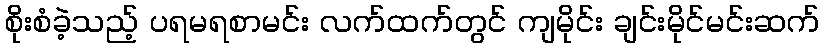
စိုးစံခဲ့သည့် ပရမရစာမင်း လက်ထက်တွင် ကျမိုင်း ချင်းမိုင်မင်းဆက်